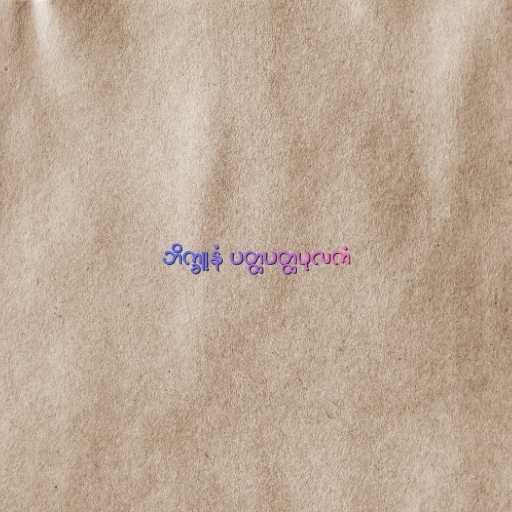
ဘိက္ခူနံ ပတ္ထပတ္ထပုလကံ